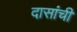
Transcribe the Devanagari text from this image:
दासांची